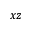
x z